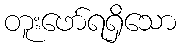
တူးဖော်ရရှိသော